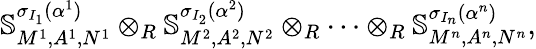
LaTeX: \mathbb{S}_{M^{1},A^{1},N^{1}}^{\sigma_{I_{1}}(\alpha^{1})}\otimes_{R}\mathbb{S}_{M^{2},A^{2},N^{2}}^{\sigma_{I_{2}}(\alpha^{2})}\otimes_{R}\cdots\otimes_{R}\mathbb{S}_{M^{n},A^{n},N^{n}}^{\sigma_{I_{n}}(\alpha^{n})},